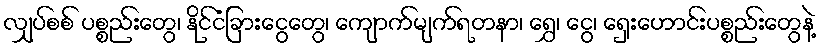
လျှပ်စစ် ပစ္စည်းတွေ၊ နိုင်ငံခြားငွေတွေ၊ ကျောက်မျက်ရတနာ၊ ရွှေ၊ ငွေ၊ ရှေးဟောင်းပစ္စည်းတွေနဲ့